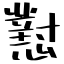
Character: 懟